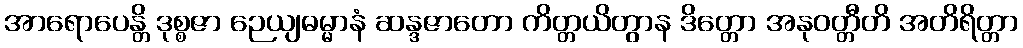
အာရောပေန္တိ ဒုစ္စဇာ ဉေယျဓမ္မာနံ ဆန္ဒဇာတော ကိတ္တယိတွာန ဒိတ္တော အနုဝတ္တီတိ အတိရိတ္တာ